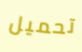
تحميل